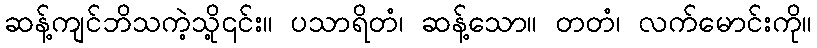
ဆန့်ကျင်ဘိသကဲ့သို့၎င်း။ ပသာရိတံ၊ ဆန့်သော။ တတံ၊ လက်မောင်းကို။